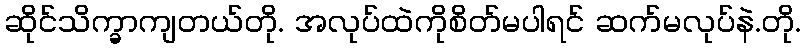
ဆိုင်သိက္ခာကျတယ်တို. အလုပ်ထဲကိုစိတ်မပါရင် ဆက်မလုပ်နဲ.တို.